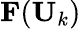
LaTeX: \textbf{F}(\textbf{U}_{k})